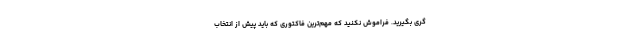
گری بگیرید. فراموش نکنید که مهم‌ترین فاکتوری که باید پیش از انتخاب